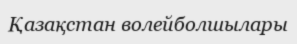
Қазақстан волейболшылары